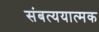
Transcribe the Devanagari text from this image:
संबत्ययात्मक